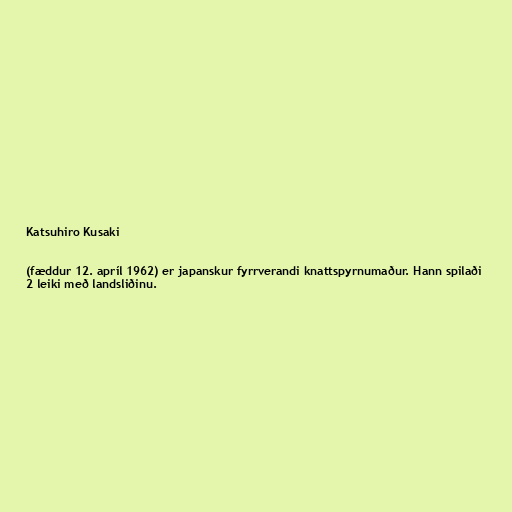
Katsuhiro Kusaki

(fæddur 12. apríl 1962) er japanskur fyrrverandi knattspyrnumaður. Hann spilaði
2 leiki með landsliðinu.